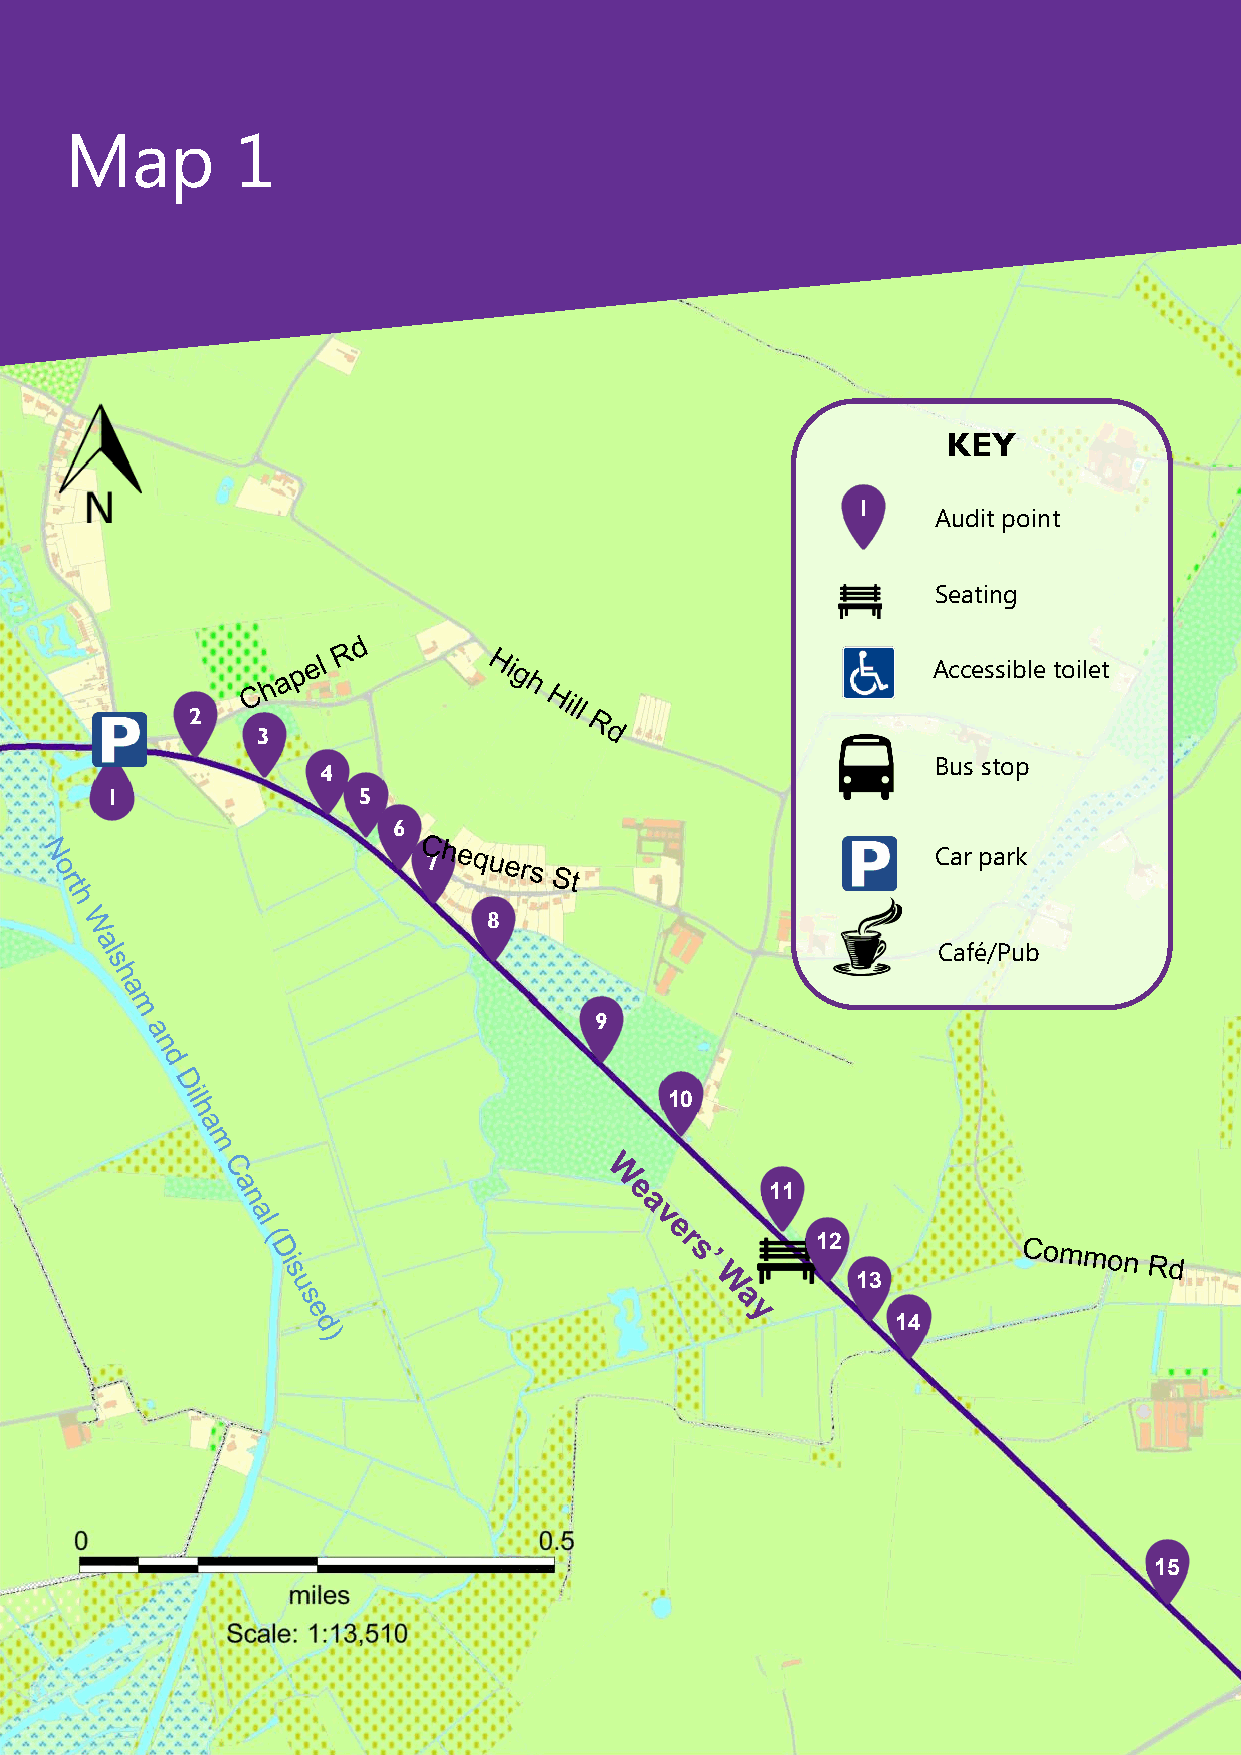
Map         1
 KEY
 1
 Audit point
 Seating
 Accessible toilet
 2
 3
 Bus stop
 4
 1                5
 6
 Car park
 7
 8
 Café/Pub
 9
 10
 11
 12
 13
 14
 15
 4